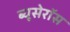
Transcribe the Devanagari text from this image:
ब्यूसेरॉस